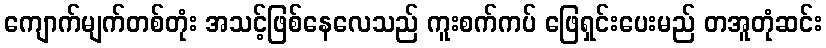
ကျောက်မျက်တစ်တုံး အသင့်ဖြစ်နေလေသည် ကူးစက်ကပ် ဖြေရှင်းပေးမည် တအူတုံဆင်း